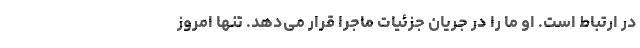
در ارتباط است. او ما را در جریان جزئیات ماجرا قرار می‌دهد. تنها امروز